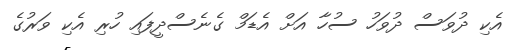
އެކި ދުވަސް ދުވަހު ސުހާ އަށް އެޑަމް ގެނެސްދީފައި ހުރި އެކި ވަރުގެ